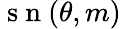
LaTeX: \mathrm{~s~n~}(\theta,m)